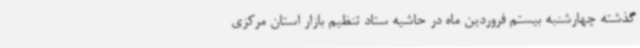
گذشته چهارشنبه بیستم فروردین ماه در حاشیه ستاد تنظیم بازار استان مرکزی